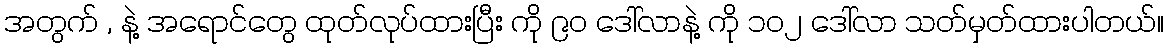
အတွက် , နဲ့ အရောင်တွေ ထုတ်လုပ်ထားပြီး ကို ၉၀ ဒေါ်လာနဲ့ ကို ၁၀၂ ဒေါ်လာ သတ်မှတ်ထားပါတယ်။